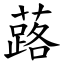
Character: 蕗